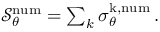
\begin{array} { r } { \mathcal { S } _ { \theta } ^ { \mathrm { n u m } } = \sum _ { k } \sigma _ { \theta } ^ { \mathrm { k , n u m } } \, . } \end{array}